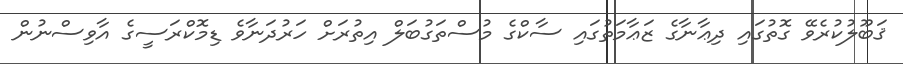
ޤަބޫލުކުރެވޭ ގޮތުގައި ދިޢާނާގެ ޒަޢާމަތުގައި ސާކްގެ މުސްތަގުބަލް އިތުރަށް ހަރުދަނާވެ ޑިމޮކްރަސީގެ އާވިސްނުން